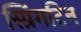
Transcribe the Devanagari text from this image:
स्प्रिंगटिन